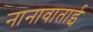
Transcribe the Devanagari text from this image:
नानावाताई